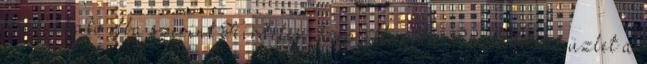
megbízható ilba szerint:Hirdetés: Szép állapotú P8 eladóAz üzlet a